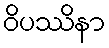
ဝိပဿိနာ